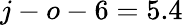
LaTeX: j-o-6=5.4